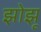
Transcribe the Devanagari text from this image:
झोझू